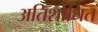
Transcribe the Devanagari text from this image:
अतिशोधित